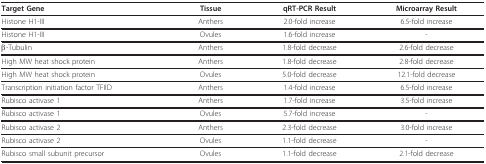
<table><thead><tr><td><b>Target Gene</b></td><td><b>Tissue</b></td><td><b>qRT-PCR Result</b></td><td><b>Microarray Result</b></td></tr></thead><tbody><tr><td>Histone H1-III</td><td>Anthers</td><td>2.0-fold increase</td><td>6.5-fold increase</td></tr><tr><td>Histone H1-III</td><td>Ovules</td><td>1.6-fold increase</td><td>-</td></tr><tr><td>β-Tubulin</td><td>Anthers</td><td>1.8-fold decrease</td><td>2.6-fold decrease</td></tr><tr><td>High MW heat shock protein</td><td>Anthers</td><td>1.8-fold decrease</td><td>2.8-fold decrease</td></tr><tr><td>High MW heat shock protein</td><td>Ovules</td><td>5.0-fold decrease</td><td>12.1-fold decrease</td></tr><tr><td>Transcription initiation factor TFIID</td><td>Anthers</td><td>1.4-fold increase</td><td>6.5-fold increase</td></tr><tr><td>Rubisco activase 1</td><td>Anthers</td><td>1.7-fold increase</td><td>3.5-fold increase</td></tr><tr><td>Rubisco activase 1</td><td>Ovules</td><td>5.7-fold increase</td><td>-</td></tr><tr><td>Rubisco activase 2</td><td>Anthers</td><td>2.3-fold decrease</td><td>3.0-fold increase</td></tr><tr><td>Rubisco activase 2</td><td>Ovules</td><td>1.1-fold decrease</td><td>-</td></tr><tr><td>Rubisco small subunit precursor</td><td>Ovules</td><td>1.1-fold decrease</td><td>2.1-fold decrease</td></tr></tbody></table>